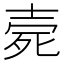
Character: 𣨑